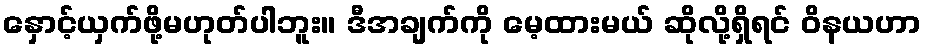
နှောင့်ယှက်ဖို့မဟုတ်ပါဘူး။ ဒီအချက်ကို မေ့ထားမယ် ဆိုလို့ရှိရင် ဝိနယဟာ